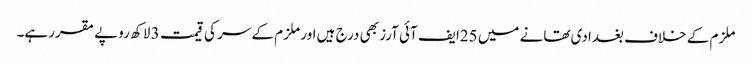
ملزم کے خلاف بغدادی تھانے میں 25ایف آئی آرز بھی درج ہیں اور ملزم کے سر کی قیمت 3 لاکھ روپے مقررہے۔